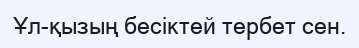
Ұл-қызың бесiктей тербет сен.